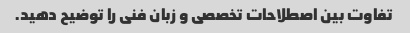
تفاوت بین اصطلاحات تخصصی و زبان فنی را توضیح دهید.